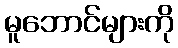
မူဘောင်များကို